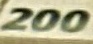
200